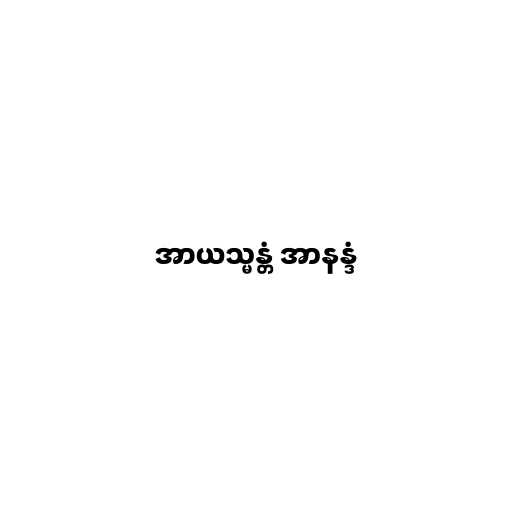
အာယသ္မန္တံ အာနန္ဒံ